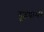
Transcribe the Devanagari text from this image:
गुढघाभर